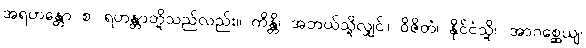
အရဟန္တော စ၊ ရဟန္တာတို့သည်လည်း။ ကိန္တိ၊ အဘယ်သို့လျှင်။ ဝိဇိတံ၊ နိုင်ငံသို့။ အာဂစ္ဆေယျ၊